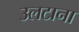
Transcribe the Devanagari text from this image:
उलटाना